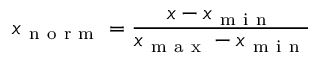
x _ { \mathrm { ~ n ~ o ~ r ~ m ~ } } = \frac { x - x _ { \mathrm { ~ m ~ i ~ n ~ } } } { x _ { \mathrm { ~ m ~ a ~ x ~ } } - x _ { \mathrm { ~ m ~ i ~ n ~ } } }